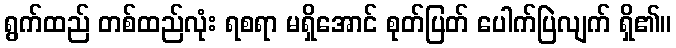
ရွက်ထည် တစ်ထည်လုံး ရစရာ မရှိအောင် စုတ်ပြတ် ပေါက်ပြဲလျက် ရှိ၏။